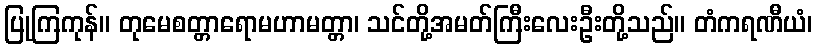
ပြုကြကုန်။ တုမေစတ္တာရောမဟာမတ္တာ၊ သင်တို့အမတ်ကြီးလေးဦးတို့သည်။ တံကရဏီယံ၊